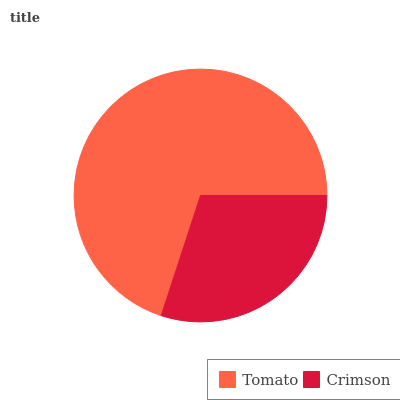
| Tomato | Crimson |
 | --- | --- |
 | 70% | 30% |